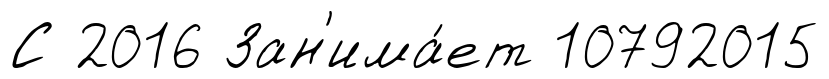
С 2016 Зан'има́ет 10792015